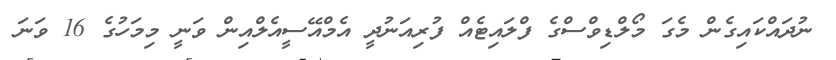
ނުދައްކައިގެން މެގަ މޯލްޑިވްސްގެ ފްލައިޓެއް ފުރިއަނުދީ އެމްއޭސީއެލްއިން ވަނީ މިމަހުގެ 16 ވަނަ